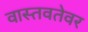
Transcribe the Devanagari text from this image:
वास्तवतेवर